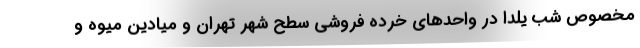
مخصوص شب یلدا در واحدهای خرده فروشی سطح شهر تهران و میادین میوه و